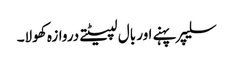
سلیپر پہنے اور بال لپیٹتے دروازہ کھولا۔